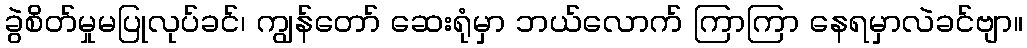
ခွဲစိတ်မှုမပြုလုပ်ခင်၊ ကျွန်တော် ဆေးရုံမှာ ဘယ်လောက် ကြာကြာ နေရမှာလဲခင်ဗျာ။